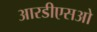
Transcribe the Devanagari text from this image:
आरडीएसओ